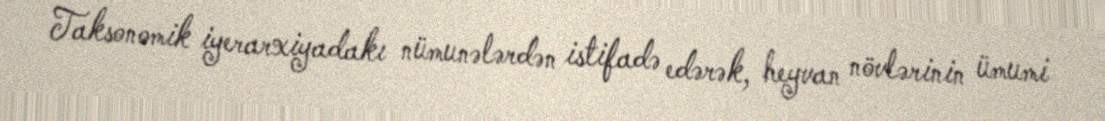
Taksonomik iyerarxiyadakı nümunələrdən istifadə edərək, heyvan növlərinin ümumi